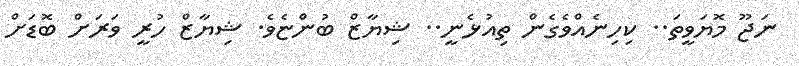
ނަޖޫ މޮޔަވީތަ.. ކިހިނެއްވެގެން ތިއުޅެނީ.. ޝިޔާޒް ބުންޏެވެ. ޝިޔާޒް ހުރީ ވަރަށް ބޮޑަށް